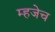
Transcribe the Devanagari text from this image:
म्हजेच